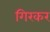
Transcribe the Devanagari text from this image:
गिरकर